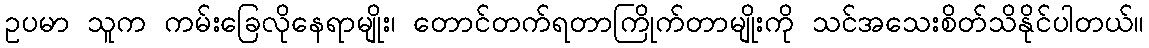
ဥပမာ သူက ကမ်းခြေလိုနေရာမျိုး၊ တောင်တက်ရတာကြိုက်တာမျိုးကို သင်အသေးစိတ်သိနိုင်ပါတယ်။